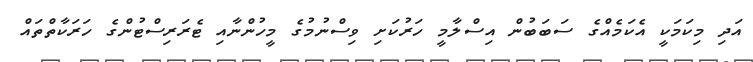
އަދި މިކަމަކީ އެކަމެއްގެ ސަބަބުން އިސްލާމީ ހަރުކަށި ވިސްނުމުގެ މީހުންނާއި ޓެރަރިސްޓުންގެ ހަރަކާތްތައް